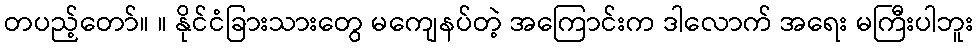
တပည့်တော်။ ။ နိုင်ငံခြားသားတွေ မကျေနပ်တဲ့ အကြောင်းက ဒါလောက် အရေး မကြီးပါဘူး